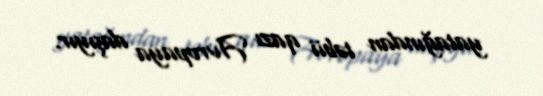
yatağından təbii qazı Avropaya daşıyır.